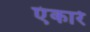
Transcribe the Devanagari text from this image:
एंकारे